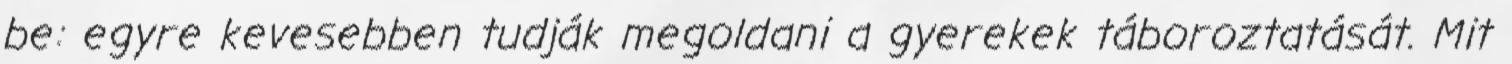
be: egyre kevesebben tudják megoldani a gyerekek táboroztatását. Mit